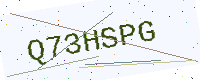
Text: Q73HSPG